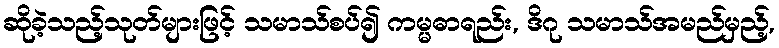
ဆိုခဲ့သည့်သုတ်များဖြင့် သမာသ်စပ်၍ ကမ္မဓာရည်း, ဒိဂု သမာသ်အမည်မှည့်,